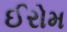
ઈરોમ